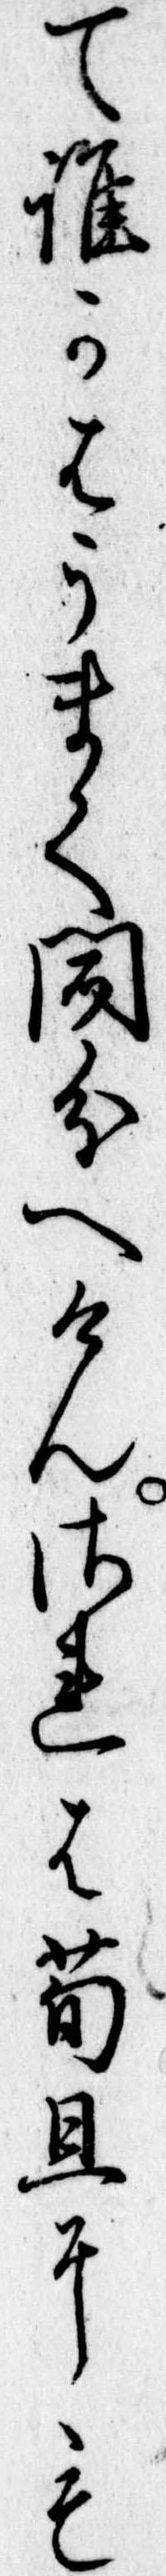
て誰かはうまく聞分へけんされは苟且にも